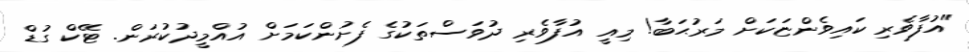
"އުފާވެރި ކައިވެންޏަކަށް މަރުޙަބާ! މިއީ އުފާވެރި ދުވަސްތަކުގެ ފެށުންކަމަށް އުއްމީދުކުރަން. ޓޭކް ގުޑް